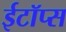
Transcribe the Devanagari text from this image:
ईटॉप्स